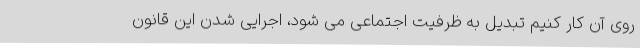
روی آن کار کنیم تبدیل به ظرفیت اجتماعی می شود، اجرایی شدن این قانون